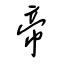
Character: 帝